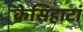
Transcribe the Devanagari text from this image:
केसिहाटां